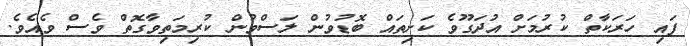
ފައި ހަރަކާތް ކުރުމަށް އުދަގޫވެ ކަށިތައް ބޮޑުވުން ލަސްވުން ކުރިމަތިވާގޮތް ވެސް ވެއެވެ.